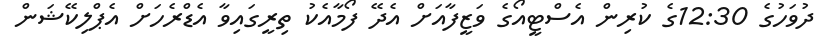
ދުވަހުގެ 12:30ގެ ކުރިން އެސްޓީއޯގެ ވަޒީފާއަށް އެދޭ ފޯމާއެކު ތިރީގައިވާ އެޑްރެހަށް އެޕްލިކޭޝަން